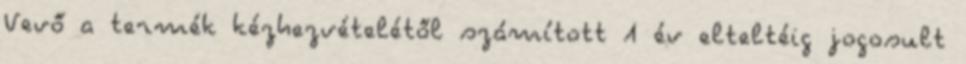
Vevő a termék kézhezvételétől számított 1 év elteltéig jogosult